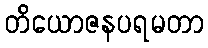
တိယောဇနပရမတာ